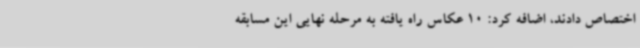
اختصاص دادند، اضافه کرد: 10 عکاس راه یافته به مرحله نهایی این مسابقه